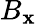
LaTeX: B_{\mathbf{x}}